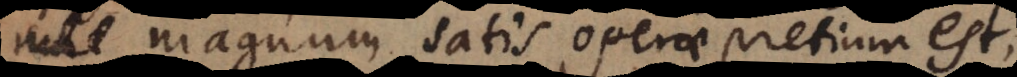
magnum satis operae pretium est,